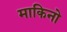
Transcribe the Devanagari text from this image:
माकिनो